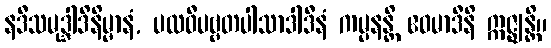
နဒီသမုဒ္ဒါဒိနိမ္မာနံ, ပထဝီပဗ္ဗတပါသာဒါဒီနံ ကမ္ပနန္တိ ဧဝမာဒီနိ ဣဇ္ဈန္တိ။